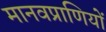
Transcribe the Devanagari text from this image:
मानवप्राणियों